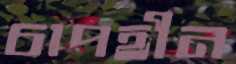
চাপহীন